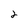
Character: 2